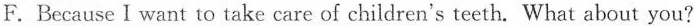
F.Because I want to take care of children's teeth. What about you?